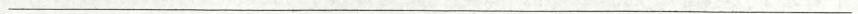
___